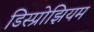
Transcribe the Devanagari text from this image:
डिस्प्रोझियम